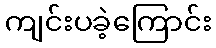
ကျင်းပခဲ့ကြောင်း